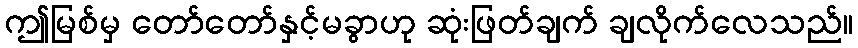
ဤမြစ်မှ တော်တော်နှင့်မခွာဟု ဆုံးဖြတ်ချက် ချလိုက်လေသည်။